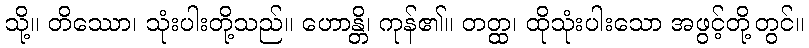
သို့။ တိဿော၊ သုံးပါးတို့သည်။ ဟောန္တိ၊ ကုန်၏။ တတ္ထ၊ ထိုသုံးပါးသော အဖွင့်တို့တွင်။